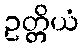
ဥတ္တိယံ